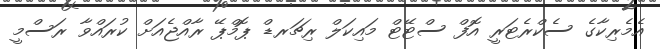
އެމެރިކާގެ ސެކްރެޓަރީ އޮފް ސްޓޭޓް މައިކަލް ރިޗަރޑް ޕޮމްޕޭ ރާއްޖެއަށް ކުރައްވާ ރަސްމީ